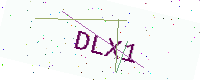
Text: DLX1